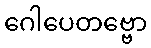
ဂေါပေတဗ္ဗော